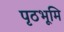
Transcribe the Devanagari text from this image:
पृठभूमि